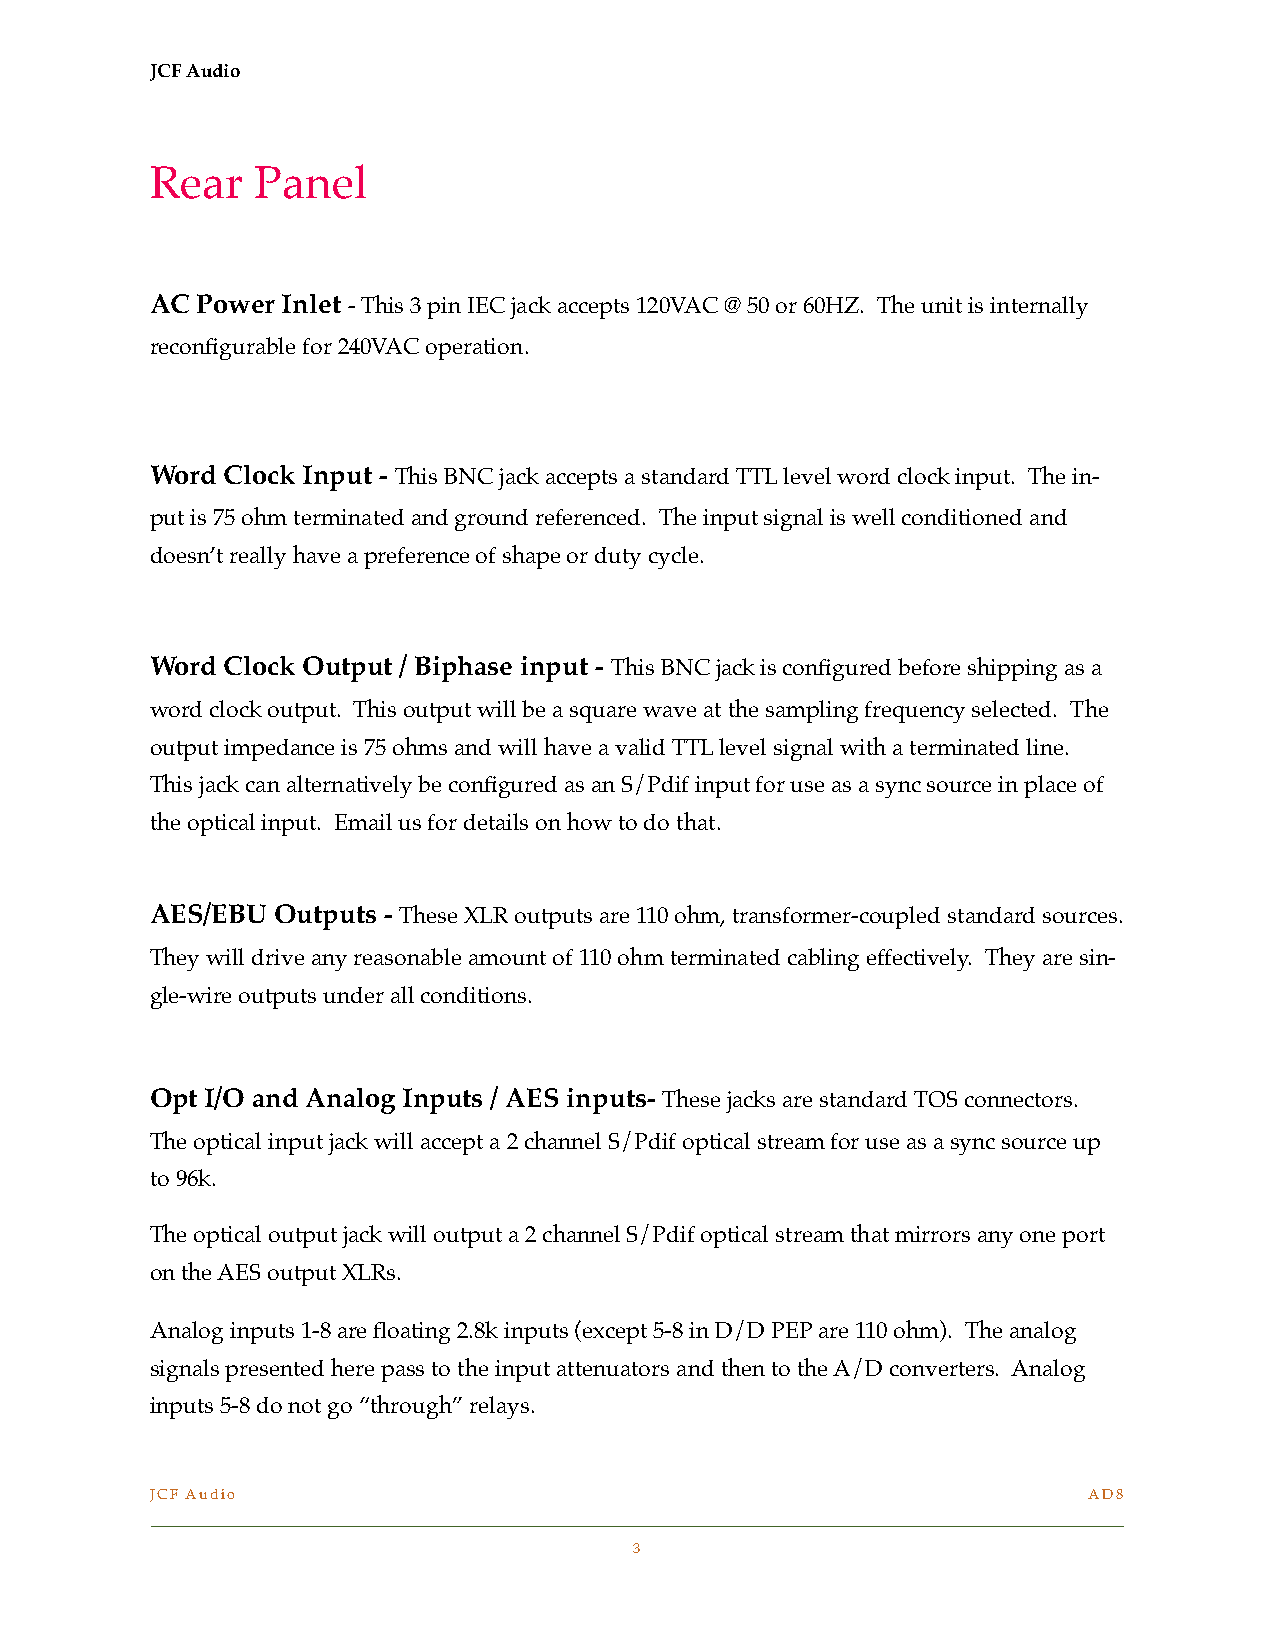
JCF Audio
 Rear   Panel
 AC Power Inlet - This 3 pin IEC jack accepts 120VAC @ 50 or 60HZ. The unit is internally
 reconfigurable for 240VAC operation.
 Word Clock Input - This BNC jack accepts a standard TTL level word clock input. The in-
 put is 75 ohm terminated and ground referenced. The input signal is well conditioned and
 doesn’t really have a preference of shape or duty cycle.
 Word Clock Output / Biphase input - This BNC jack is configured before shipping as a
 word clock output. This output will be a square wave at the sampling frequency selected. The
 output impedance is 75 ohms and will have a valid TTL level signal with a terminated line.
 This jack can alternatively be configured as an S/Pdif input for use as a sync source in place of
 the optical input. Email us for details on how to do that.
 AES/EBU Outputs - These XLR outputs are 110 ohm, transformer-coupled standard sources.
 They will drive any reasonable amount of 110 ohm terminated cabling effectively. They are sin-
 gle-wire outputs under all conditions.
 Opt I/O and Analog Inputs / AES inputs- These jacks are standard TOS connectors.
 The optical input jack will accept a 2 channel S/Pdif optical stream for use as a sync source up
 to 96k.
 The optical output jack will output a 2 channel S/Pdif optical stream that mirrors any one port
 on the AES output XLRs.
 Analog inputs 1-8 are floating 2.8k inputs (except 5-8 in D/D PEP are 110 ohm). The analog
 signals presented here pass to the input attenuators and then to the A/D converters. Analog
 inputs 5-8 do not go “through” relays.
 JCF Audio                                                     AD8
 !
 !3